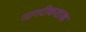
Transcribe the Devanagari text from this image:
नागरीकशास्त्र